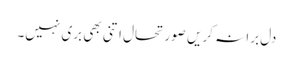
دل برا نہ کریں صورتحال اتنی بھی بری نہیں۔